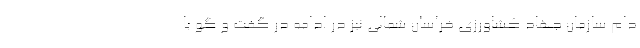
دام سازمان جهاد کشاورزی خراسان شمالی نیز در ادامه در گفت و گو با